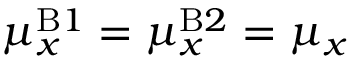
\mu _ { x } ^ { \mathrm { B } 1 } = \mu _ { x } ^ { \mathrm { B } 2 } = \mu _ { x }